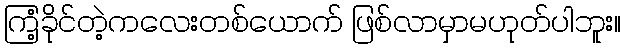
ကြံ့ခိုင်တဲ့ကလေးတစ်ယောက် ဖြစ်လာမှာမဟုတ်ပါဘူး။